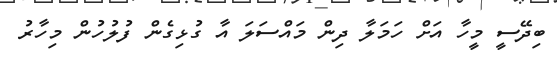
ބިދޭސީ މީހާ އަށް ހަމަލާ ދިން މައްސަލަ އާ ގުޅިގެން ފުލުހުން މިހާރު